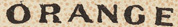
ORANGE